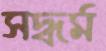
সদ্ধর্ম